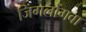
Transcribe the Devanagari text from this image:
जिंगलोंगवा